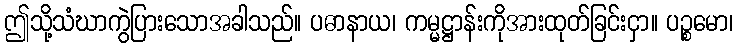
ဤသို့သံဃာကွဲပြားသောအခါသည်။ ပဓာနာယ၊ ကမ္မဋ္ဌာန်းကိုအားထုတ်ခြင်းငှာ။ ပဉ္စမော၊